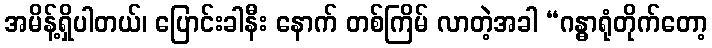
အမိန့်ရှိပါတယ်၊ ပြောင်းခါနီး နောက် တစ်ကြိမ် လာတဲ့အခါ “ဂန္ဓာရုံတိုက်တော့